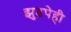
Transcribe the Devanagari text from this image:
झुडपेही